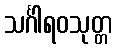
သင်္ဂါရဝသုတ္တ